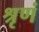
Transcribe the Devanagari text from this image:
श्रृणं